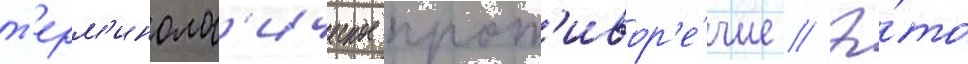
т'ерм'инолог'ическое прот'ивор'е́чие // Э́то